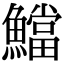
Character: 𩼉